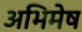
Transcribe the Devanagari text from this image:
अभिमेष